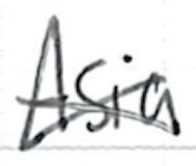
Text: Asia,
Cross-out: mix
Writing tool: ballpoint